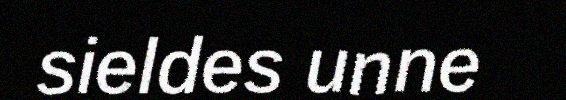
sieldes unne